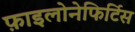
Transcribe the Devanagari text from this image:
फ़ाइलोनेफिर्टिस